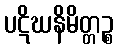
ပဋိဃနိမိတ္တဉ္စ